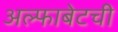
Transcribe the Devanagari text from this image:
अल्फाबेटची